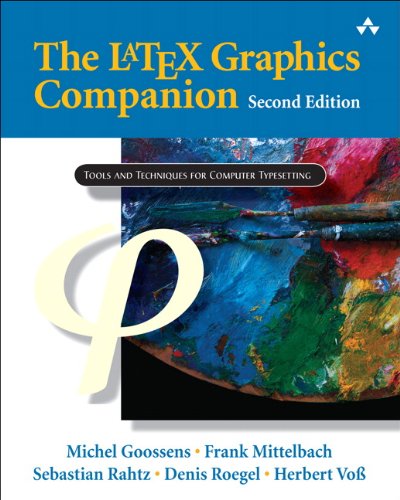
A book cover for The LaTeX Graphics Companion (2nd Edition); Michel Goossens; Computers & Technology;